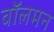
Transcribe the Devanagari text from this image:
वॉलमन